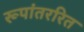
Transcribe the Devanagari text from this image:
रूपांतररित